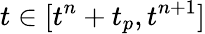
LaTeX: t\in[t^{n}+t_{p},t^{n+1}]